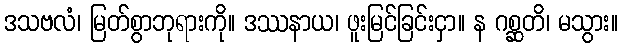
ဒသဗလံ၊ မြတ်စွာဘုရားကို။ ဒဿနာယ၊ ဖူးမြင်ခြင်းငှာ။ န ဂစ္ဆတိ၊ မသွား။